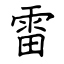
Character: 雷